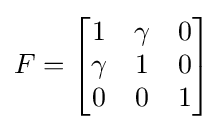
F={\begin{bmatrix}1&\gamma &0\\\gamma &1&0\\0&0&1\end{bmatrix}}